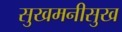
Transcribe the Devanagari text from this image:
सुखमनीसुख